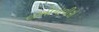
લખીયાવીરો